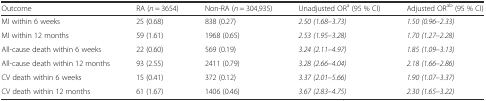
<table><thead><tr><td><b>Outcome</b></td><td><b>RA (<i>n</i> = 3654)</b></td><td><b>Non-RA (<i>n</i> = 304,935)</b></td><td><b>Unadjusted OR<sup>a</sup> (95 % CI)</b></td><td><b>Adjusted OR<sup>ab</sup> (95 % CI)</b></td></tr></thead><tbody><tr><td>MI within 6 weeks</td><td>25 (0.68)</td><td>838 (0.27)</td><td><i>2.50 (1.68–3.73)</i></td><td><i>1.50 (0.96–2.33)</i></td></tr><tr><td>MI within 12 months</td><td>59 (1.61)</td><td>1968 (0.65)</td><td><i>2.53 (1.95–3.28)</i></td><td><i>1.70 (1.27–2.28)</i></td></tr><tr><td>All-cause death within 6 weeks</td><td>22 (0.60)</td><td>569 (0.19)</td><td><i>3.24 (2.11–4.97)</i></td><td><i>1.85 (1.09–3.13)</i></td></tr><tr><td>All-cause death within 12 months</td><td>93 (2.55)</td><td>2411 (0.79)</td><td><i>3.28 (2.66–4.04)</i></td><td><i>2.18 (1.66–2.86)</i></td></tr><tr><td>CV death within 6 weeks</td><td>15 (0.41)</td><td>372 (0.12)</td><td><i>3.37 (2.01–5.66)</i></td><td><i>1.90 (1.07–3.37)</i></td></tr><tr><td>CV death within 12 months</td><td>61 (1.67)</td><td>1406 (0.46)</td><td><i>3.67 (2.83–4.75)</i></td><td><i>2.30 (1.65–3.22)</i></td></tr></tbody></table>